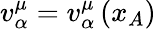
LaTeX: v_{\alpha}^{\mu}=v_{\alpha}^{\mu}\left(x_{A}\right)